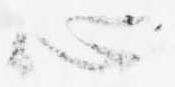
心